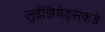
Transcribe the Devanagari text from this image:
लुईझियेड्सकडे